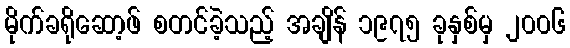
မိုက်ခရိုဆော့ဖ် စတင်ခဲ့သည့် အချိန် ၁၉၇၅ ခုနှစ်မှ ၂၀၀၆